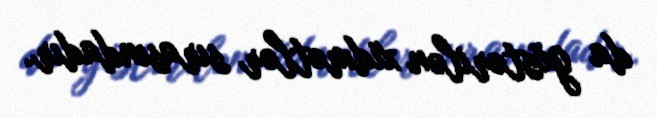
da göstərilən xidmətlər sırasındadır.